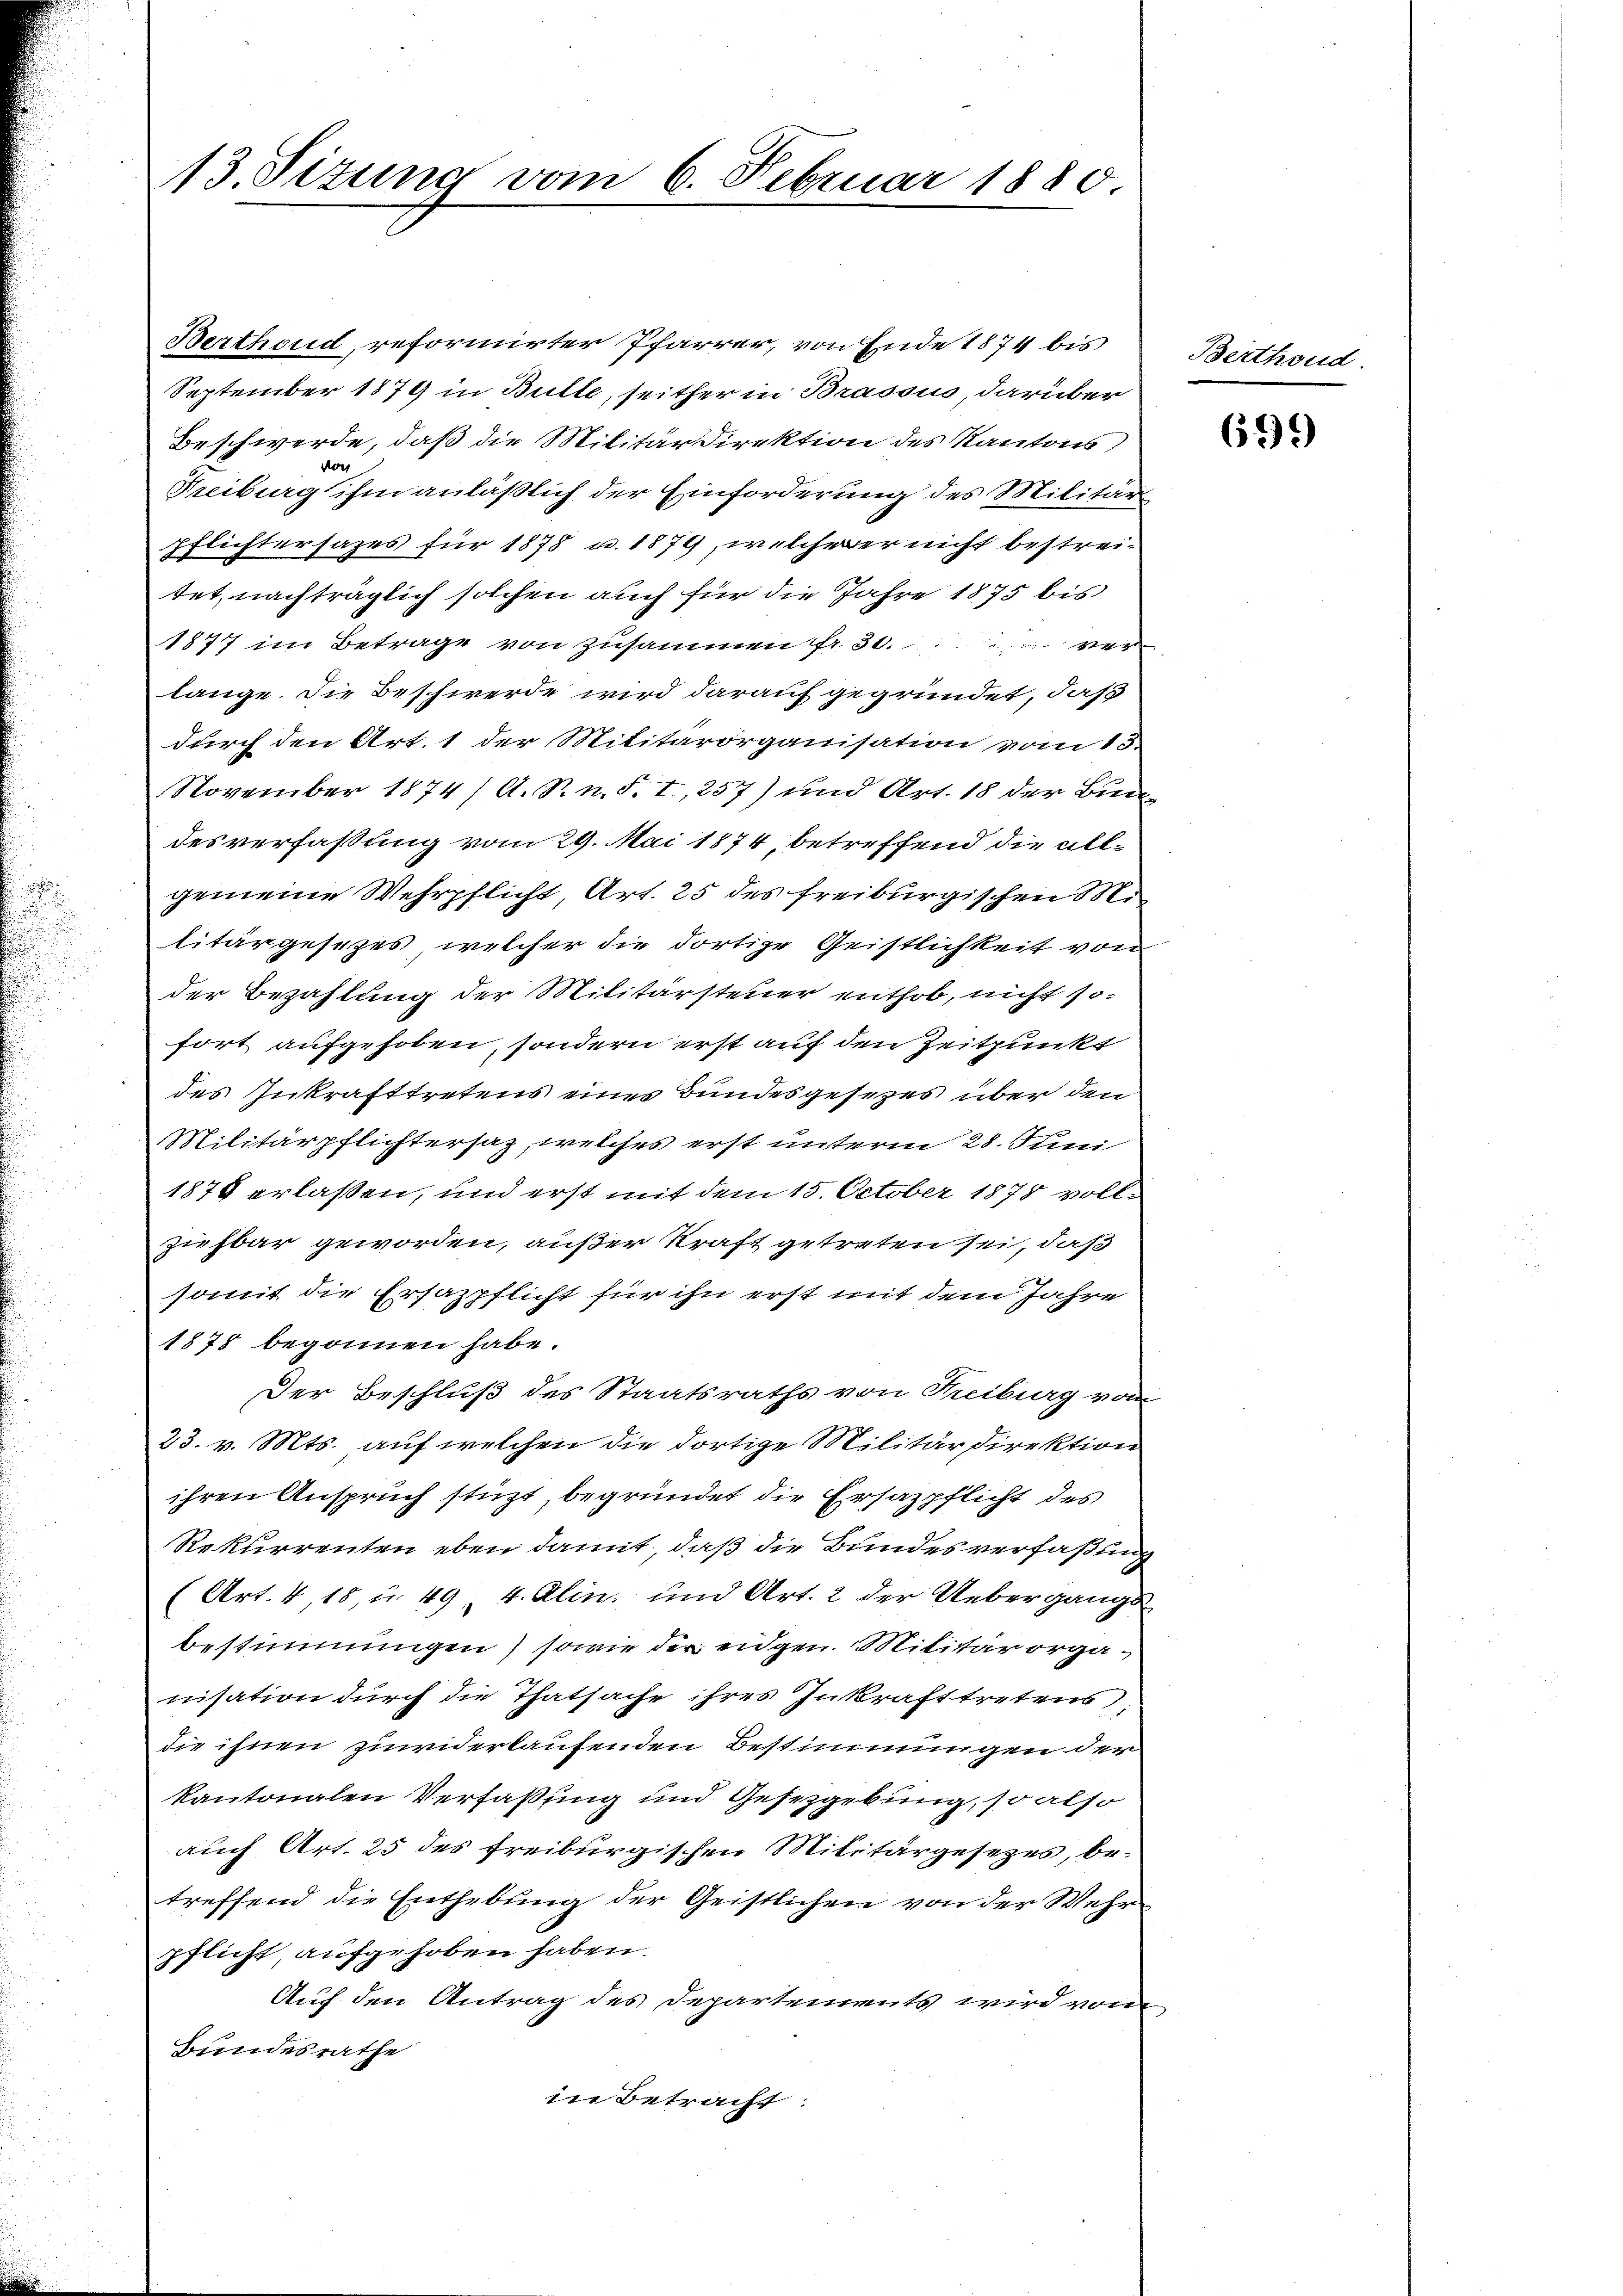
13. Sizung vom 6. Februar 1880

Berthoud, reformirter Pfarrer, von Ende 1874 bis
September 1879 in Bulle, seither in Brassin, darüber
Beschwerde, daß die Militärdirektion des Kantons,
vor
Freiburg ihm anläßlich der Einforderung des Militärs
pflichtersages für 1878 u. 1879, welcherer nicht bestreitet, nachträglich solchen auch für die Jahre 1875 bis
1877 im Betrage von zusammen fr. 30. ver
lange. Die Beschwerde wird darauf gegründet, daß
durch den Art. 1 der Militärorganisation vom 15.
November 1874 / A. R. n. F. I, 257) und Art. 18 der Bundesverfaßung vom 29. Mai 1874, betreffend die allgemeine Wehrpflicht, Art. 25 des freiburgischen Mi
litärgesezes, welcher die dortige Geistlichkeit von
der Bezahlung der Militärsteuer enthob, nicht so-
fort aufgehoben, sondern erst auf den Zeitpunkt
des Inkrafttretens eines Bundesgesezes über den
Militärpflichtersaz, welches erst unterm 28. Juni
1878 erlaßen, und erst mit dem 15. October 1878 vollziehbar geworden, außer Kraft getreten sei, daß
somit die Ersazpflicht für ihn erst mit dem Jahre
1878 begonnen habe.
Der Beschluß des Staatsraths von Freiburg von
23. v. Mts. auf welchen die dortige Militärdirektion
ihren Anspruch stüzt, begründet die Ersatzpflicht des
Rekurrenten eben damit, daß die Bundesverfaßung
(Art. 4, 18 u. 49. 4. Alin. und Art. 2 der Uebergangs
bestimmungen) sowie der eidgen. Militärorganisation durch die Thatsache ihres Inkrafttretens,
sie ihnen zuwiderlaufenden Bestimmungen der
kantonalen Verfassung und Gesetzgebung, so also
auch Art. 25 des freiburgischen Militärgesetzes, betreffend die Enthebung der Geistlichen von der Wehrpflicht, aufgehoben haben.
Auf den Antrag des Departements wird vom
Bundesrathe
in Betracht:

Berthoud

699